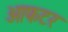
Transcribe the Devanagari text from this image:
आफटर